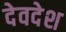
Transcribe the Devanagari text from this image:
देवदेश